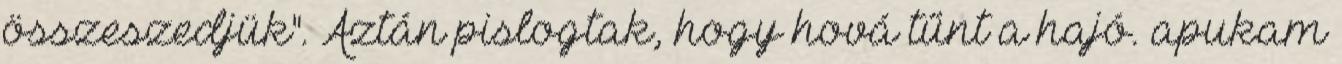
összeszedjük". Aztán pislogtak, hogy hová tűnt a hajó. apukam